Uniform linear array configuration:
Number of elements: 4
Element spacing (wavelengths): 1
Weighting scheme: cosine
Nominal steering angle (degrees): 0
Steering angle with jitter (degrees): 0.9965
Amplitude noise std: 0.05
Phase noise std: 0.05

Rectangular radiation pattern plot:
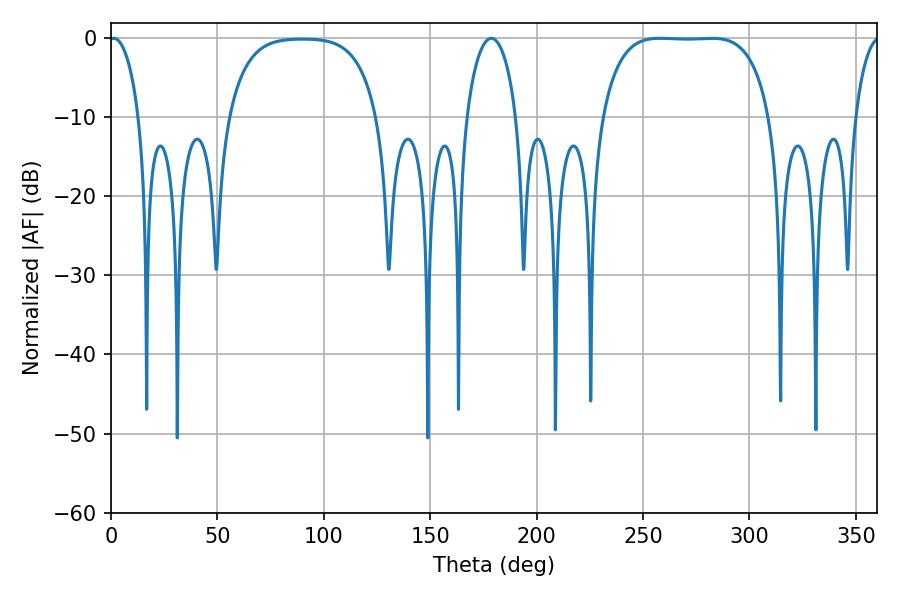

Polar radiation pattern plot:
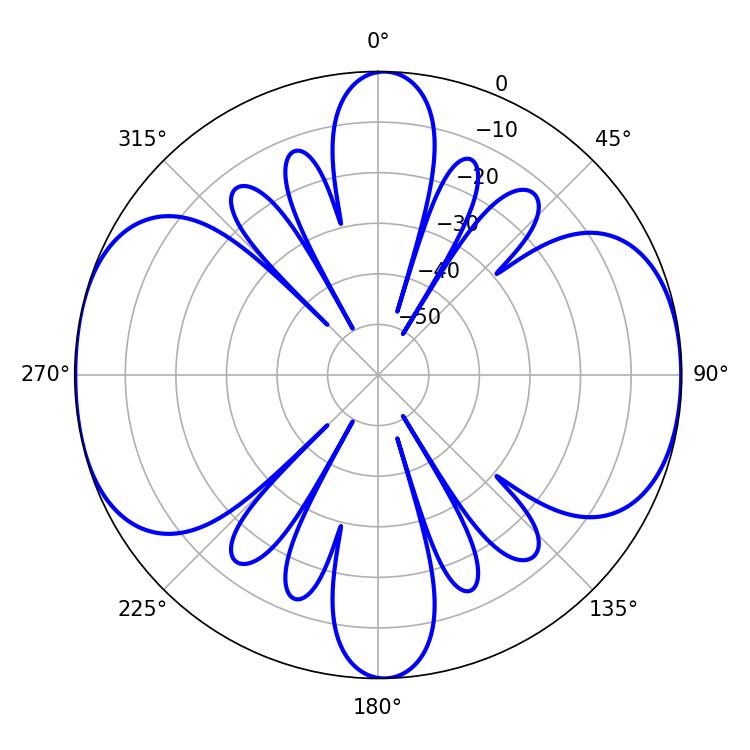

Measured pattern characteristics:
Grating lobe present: TRUE
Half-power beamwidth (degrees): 61.2
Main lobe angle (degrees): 257.76